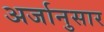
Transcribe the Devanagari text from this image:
अर्जानुसार